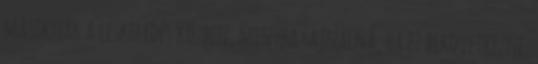
másiknak a leskelıdés közben, mintha sajnálná, ha ez bekövetkezne.